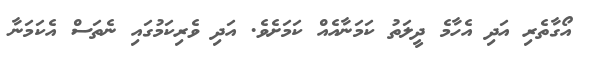
އޯގާތެރި އަދި އެހާމެ ދީލަތު ކަމަނާއެއް ކަމަށެވެ. އަދި ވެރިކަމުގައި ނެތަސް އެކަމަނާ